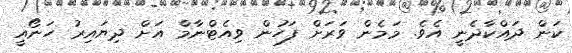
ކަން ދައްކާދެނީ އެވެ. މަމެން ވަރަށް ފަހުން ވިއެޓްނާމް އަށް ދިޔައިރު ހަނޯއީ